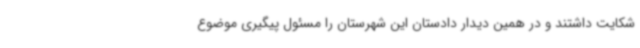
شکایت داشتند و در همین دیدار دادستان این شهرستان را مسئول پیگیری موضوع